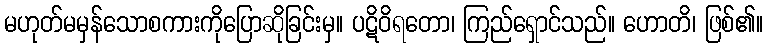
မဟုတ်မမှန်သောစကားကိုပြောဆိုခြင်းမှ။ ပဋိဝိရတော၊ ကြည်ရှောင်သည်။ ဟောတိ၊ ဖြစ်၏။